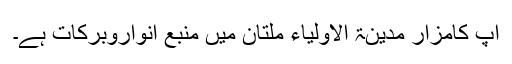
آپ کامزار مدینۃ الاولیاء ملتان میں منبعِ انواروبرکات ہے۔